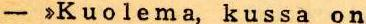
- >Kuolema, kussa on